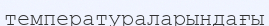
температураларындағы